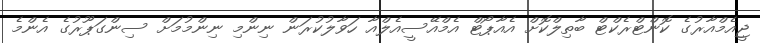
ޖީއެމްއާރުގެ ކޮންޓްރެކްޓް ބާތިލްކޮށް އެއާޕޯޓް އެމްއޭސީއެލްއާ ހަވާލުކުރަން ނިންމި ނިންމުމަށް ސިންގަޕޫރުގެ އެންމެ